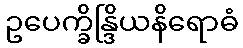
ဥပေက္ခိန္ဒြိယနိရောဓံ